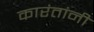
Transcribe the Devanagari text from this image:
कारंतांनी